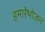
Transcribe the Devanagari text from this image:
हमारेभोजन